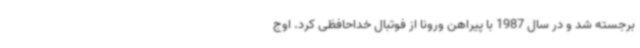
برجسته شد و در سال 1987 با پیراهن ورونا از فوتبال خداحافظی کرد. اوج